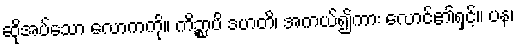
ဆိုအပ်သော လောကကို။ ကိဉ္စာပိ ဒဟတိ၊ အကယ်၍ကား လောင်၏ရှင့်။ ပန၊